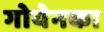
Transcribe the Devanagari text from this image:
गोयेनका